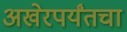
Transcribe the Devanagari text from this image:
अखेरपर्यंतचा